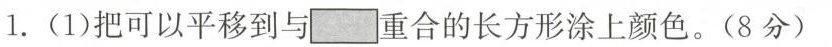
1.(1)把可以平移到与\Box重合的长方形涂上颜色。(8分)